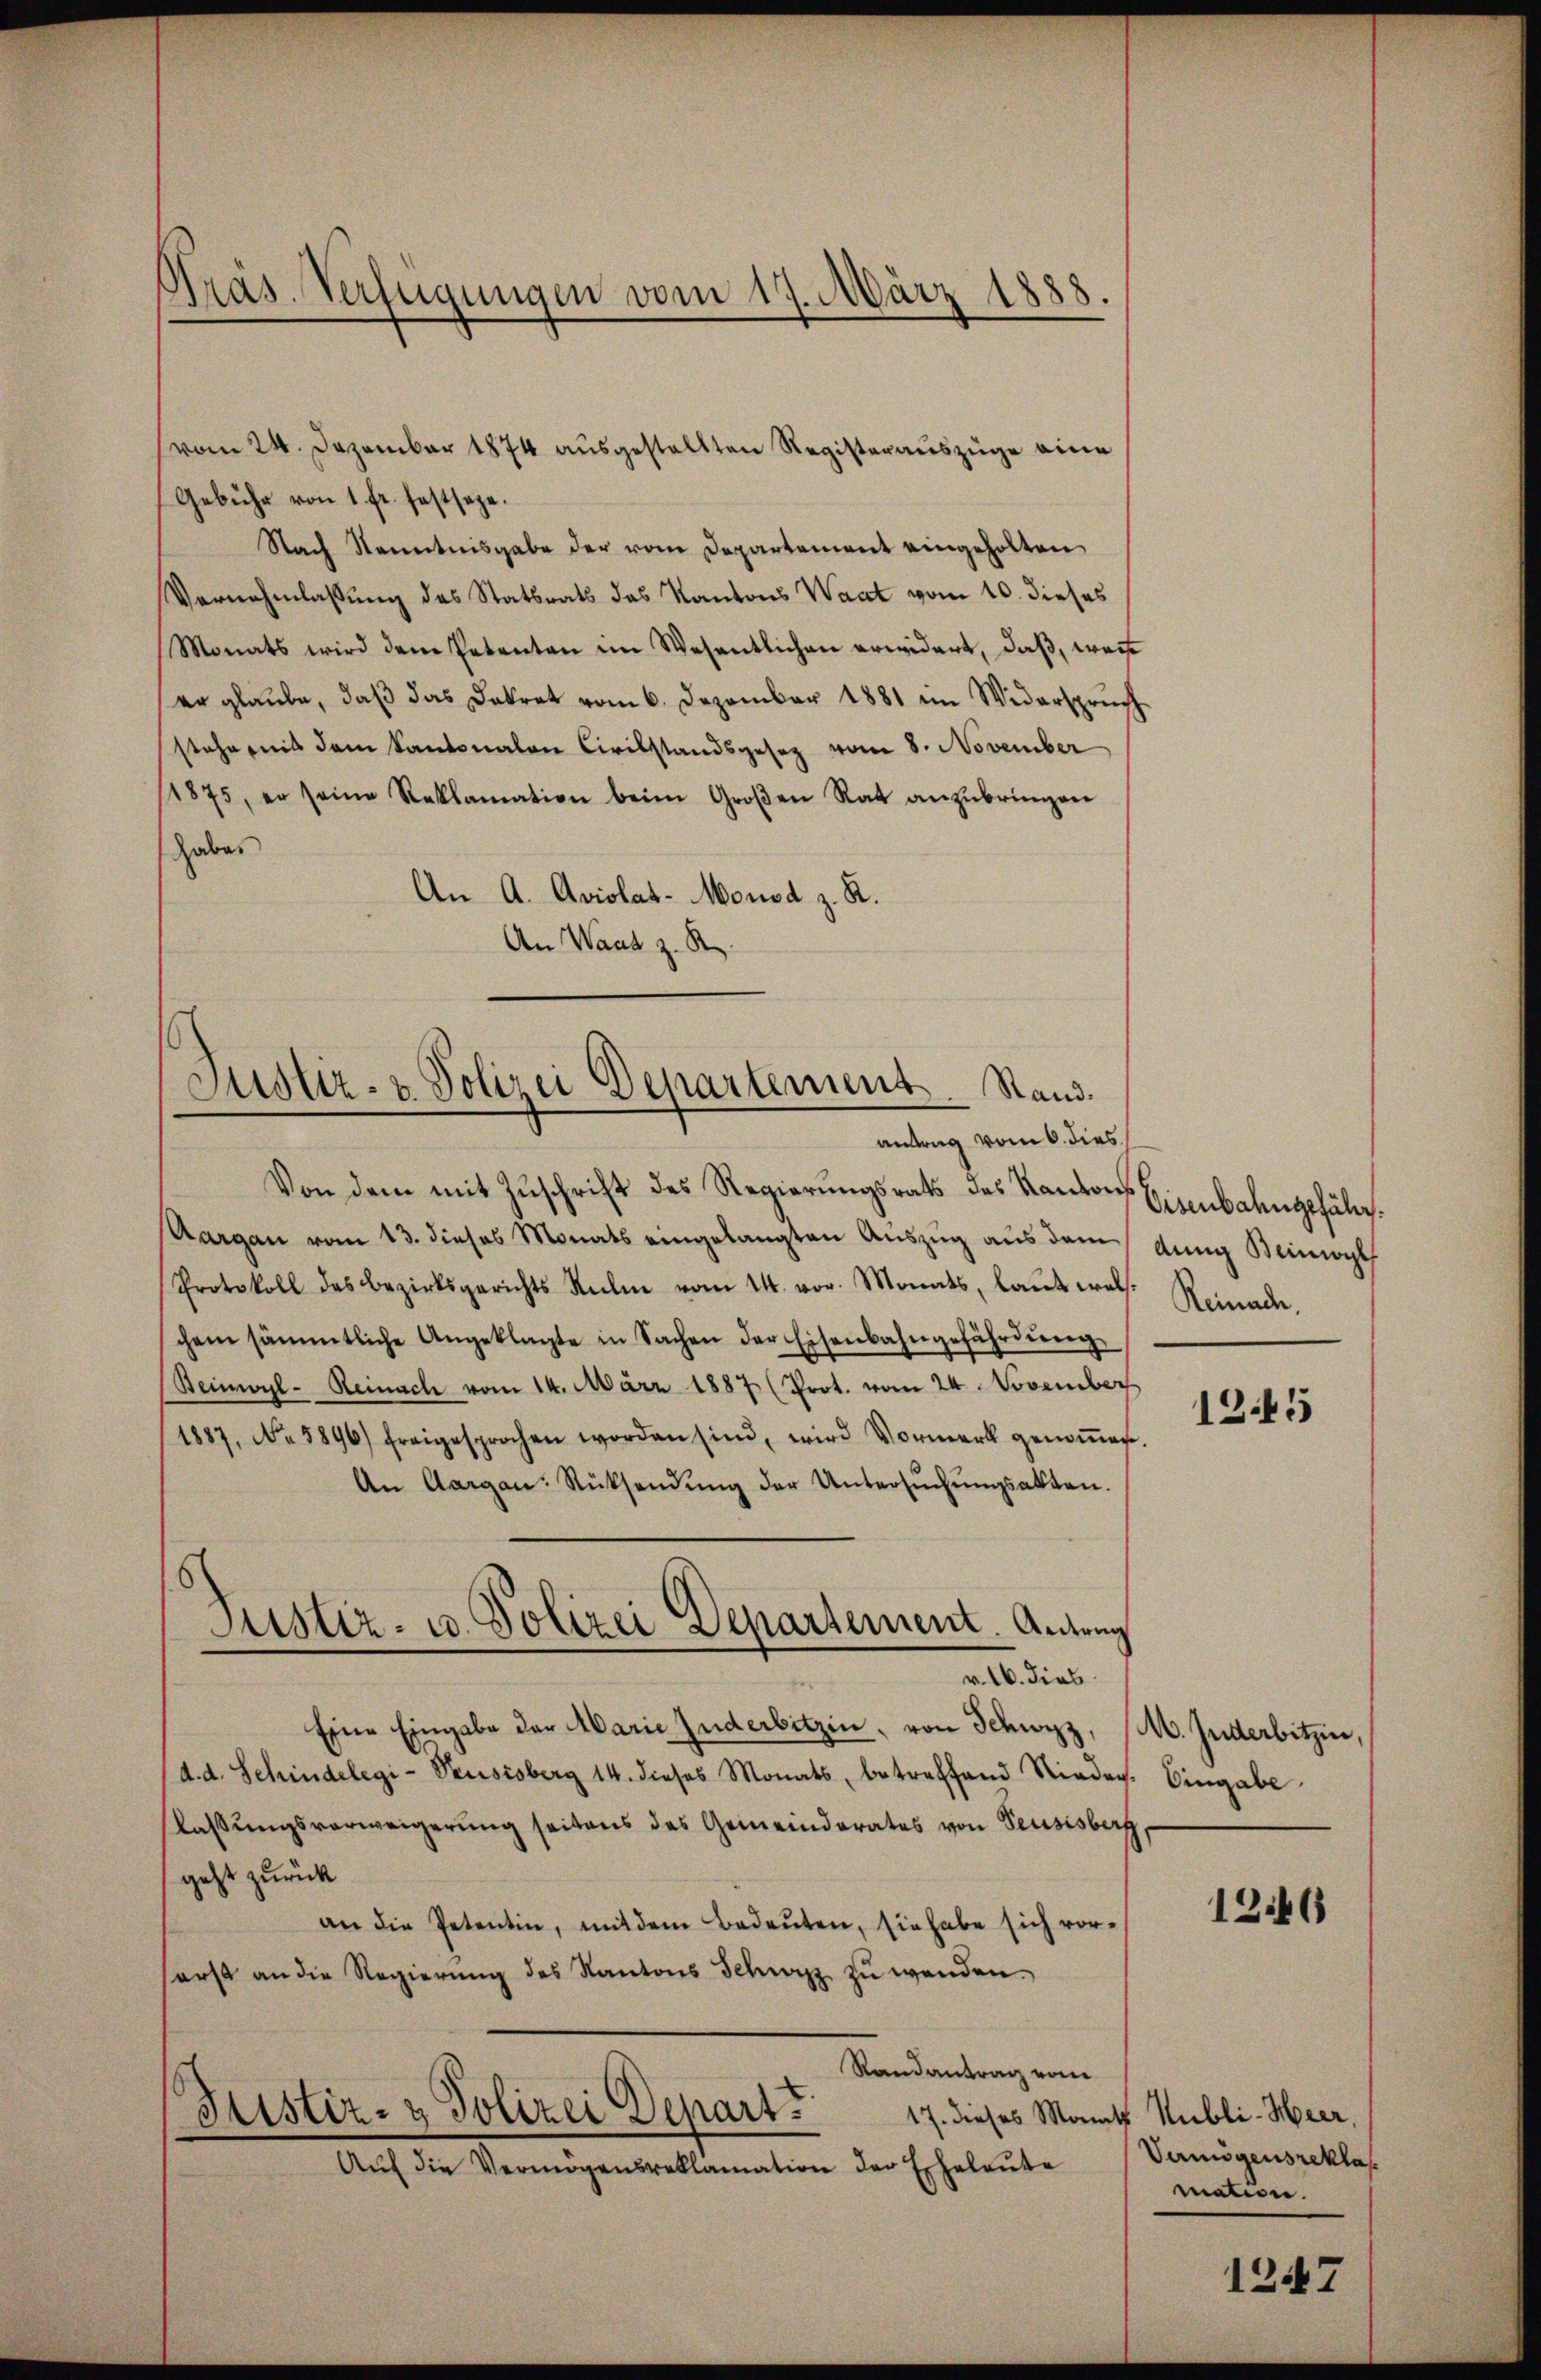
vom 24. Dezember 1874 ausgestellten Registerauszüge eine
Gebühr von 1 fr. festsage.
Nach Kenntnisgabe der vom Departement eingeholten
Vernehmlassung des Statsrats das Kantons Waat vom 10. dieses
Monats wird dem Petenten im Wesentlichen erwidert, daβ, weis
er glaube, daß das Dekret vom 6. Dezember 1881 im Widerspruch
stehe mit dem Kantonalen Civilstandsgesez vom 8. November
(1875, er seine Reklamation beim Groβen Rat anzŭbringen
Haber
An A. Aviolat-Monod z. R.
An Wand z. R.

Präs. Verfügungen vom 17. März 1888.

Justiz- & Polizei Departement. Stand.
antrag vom 6. dies

Von dem mit Zuschrift des Regierungsrats des Kantons Eisenbahngefäl
Aargau vom 13. dieses Monats eingelangten Auszug aus dem dung Beinwyl
Protokoll des Bezirksgerichts Rŭli vom 14. vor. Monats, laut wals. Reinade.
chem sämmtliche Angeklagte in Sachen der Eisenbahngefährdŭng
Beinwyl- Reinach vom 14. März 1887 (Prot. vom 24. November
1887, No 5896) freigesprochen worden sind, wird Vormerk genoṁen.
An Aargau: Rücksendŭng der Untersŭchŭngsakten.
v. M. dies
Eine Eingabe der Marie Zuderbitzen, von Schwyz, (M. Inderbitzen,
d. d. Schindelegi-Veusisberg 14. dieses Monats, betreffend Nieder. Eingabe
lassungsverweigerung seitens des Gemeinderates von Feusisberg,
geht zurück
an die Petentin, mit dem Bedeŭten, sie habe sich vor-
serst an die Regierŭng des Kantons Schwyz zŭ wenden.
Randantrag vom
Justiz- & Polizei Depart
17. dieses Monath Hubli-Heer,
Aŭf die Vermögensreklamation der Eheleute

Justiz- u. Polizei Departement. Antrag

1245

1246

Vermögensreklas
mation.

1247